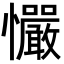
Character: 𢥴